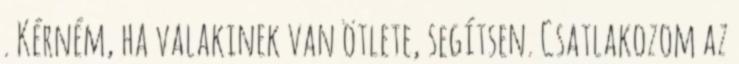
. Kérném, ha valakinek van ötlete, segítsen. Csatlakozom az